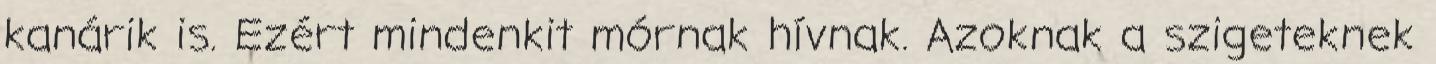
kanárik is. Ezért mindenkit mórnak hívnak. Azoknak a szigeteknek